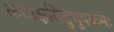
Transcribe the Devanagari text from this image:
कटाक्षयितुभुपक्रमः